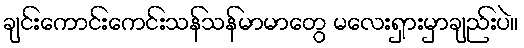
ချင်းကောင်းကေင်းသန်သန်မာမာတွေ မလေးရှားမှာချည်းပဲ။